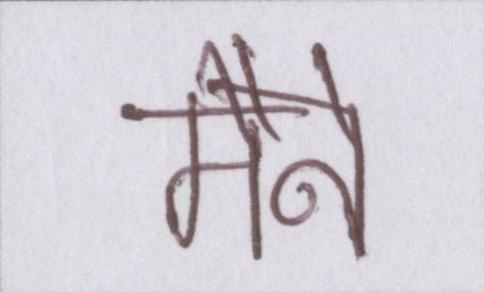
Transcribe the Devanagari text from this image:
मैने